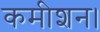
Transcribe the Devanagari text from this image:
कमीशन।